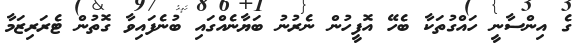
ގެ އިންސާނީ ހައްގުތަކާ ބެހޭ އޮފީހުން ނެރުނު ބަޔާނެއްގައި ބުނެފައިވާ ގޮތުން ޓެރަރިޒަމާ